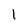
Character: l